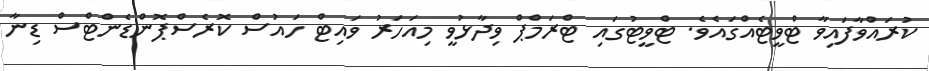
ކުރައްވާފައިވާ ޓްވީޓެއްގައެވެ. ޓްވީޓުގައި ޓްރަމްޕް ވިދާޅުވީ މިއަހަރު ވައިޓް ހައުސް ކޮރެސްޕޮންޑެންޓްސް ޑިނާ